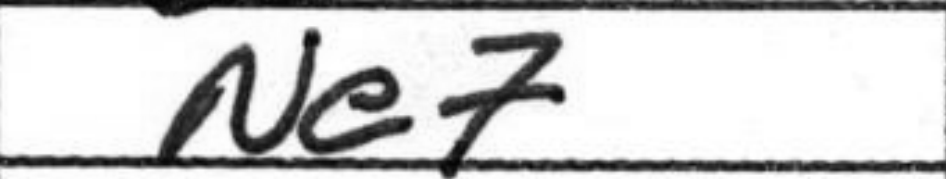
Transcription: Ne7